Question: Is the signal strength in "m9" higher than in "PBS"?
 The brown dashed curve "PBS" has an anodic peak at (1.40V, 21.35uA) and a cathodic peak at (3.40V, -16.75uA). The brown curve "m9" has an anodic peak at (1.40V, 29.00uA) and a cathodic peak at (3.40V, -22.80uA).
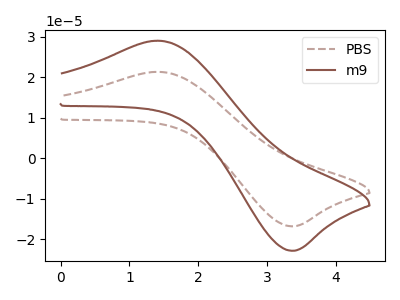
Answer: <think>All the peaks in "m9" have a peak in "PBS" at the same potential. Every peak in "m9" is higher than every peak in "PBS".
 </think>
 <answer>"m9" has more signal than "PBS".</answer>
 <eval>more_signal</eval>